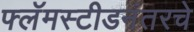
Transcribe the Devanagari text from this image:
फ्लॅमस्टीडनंतरचे